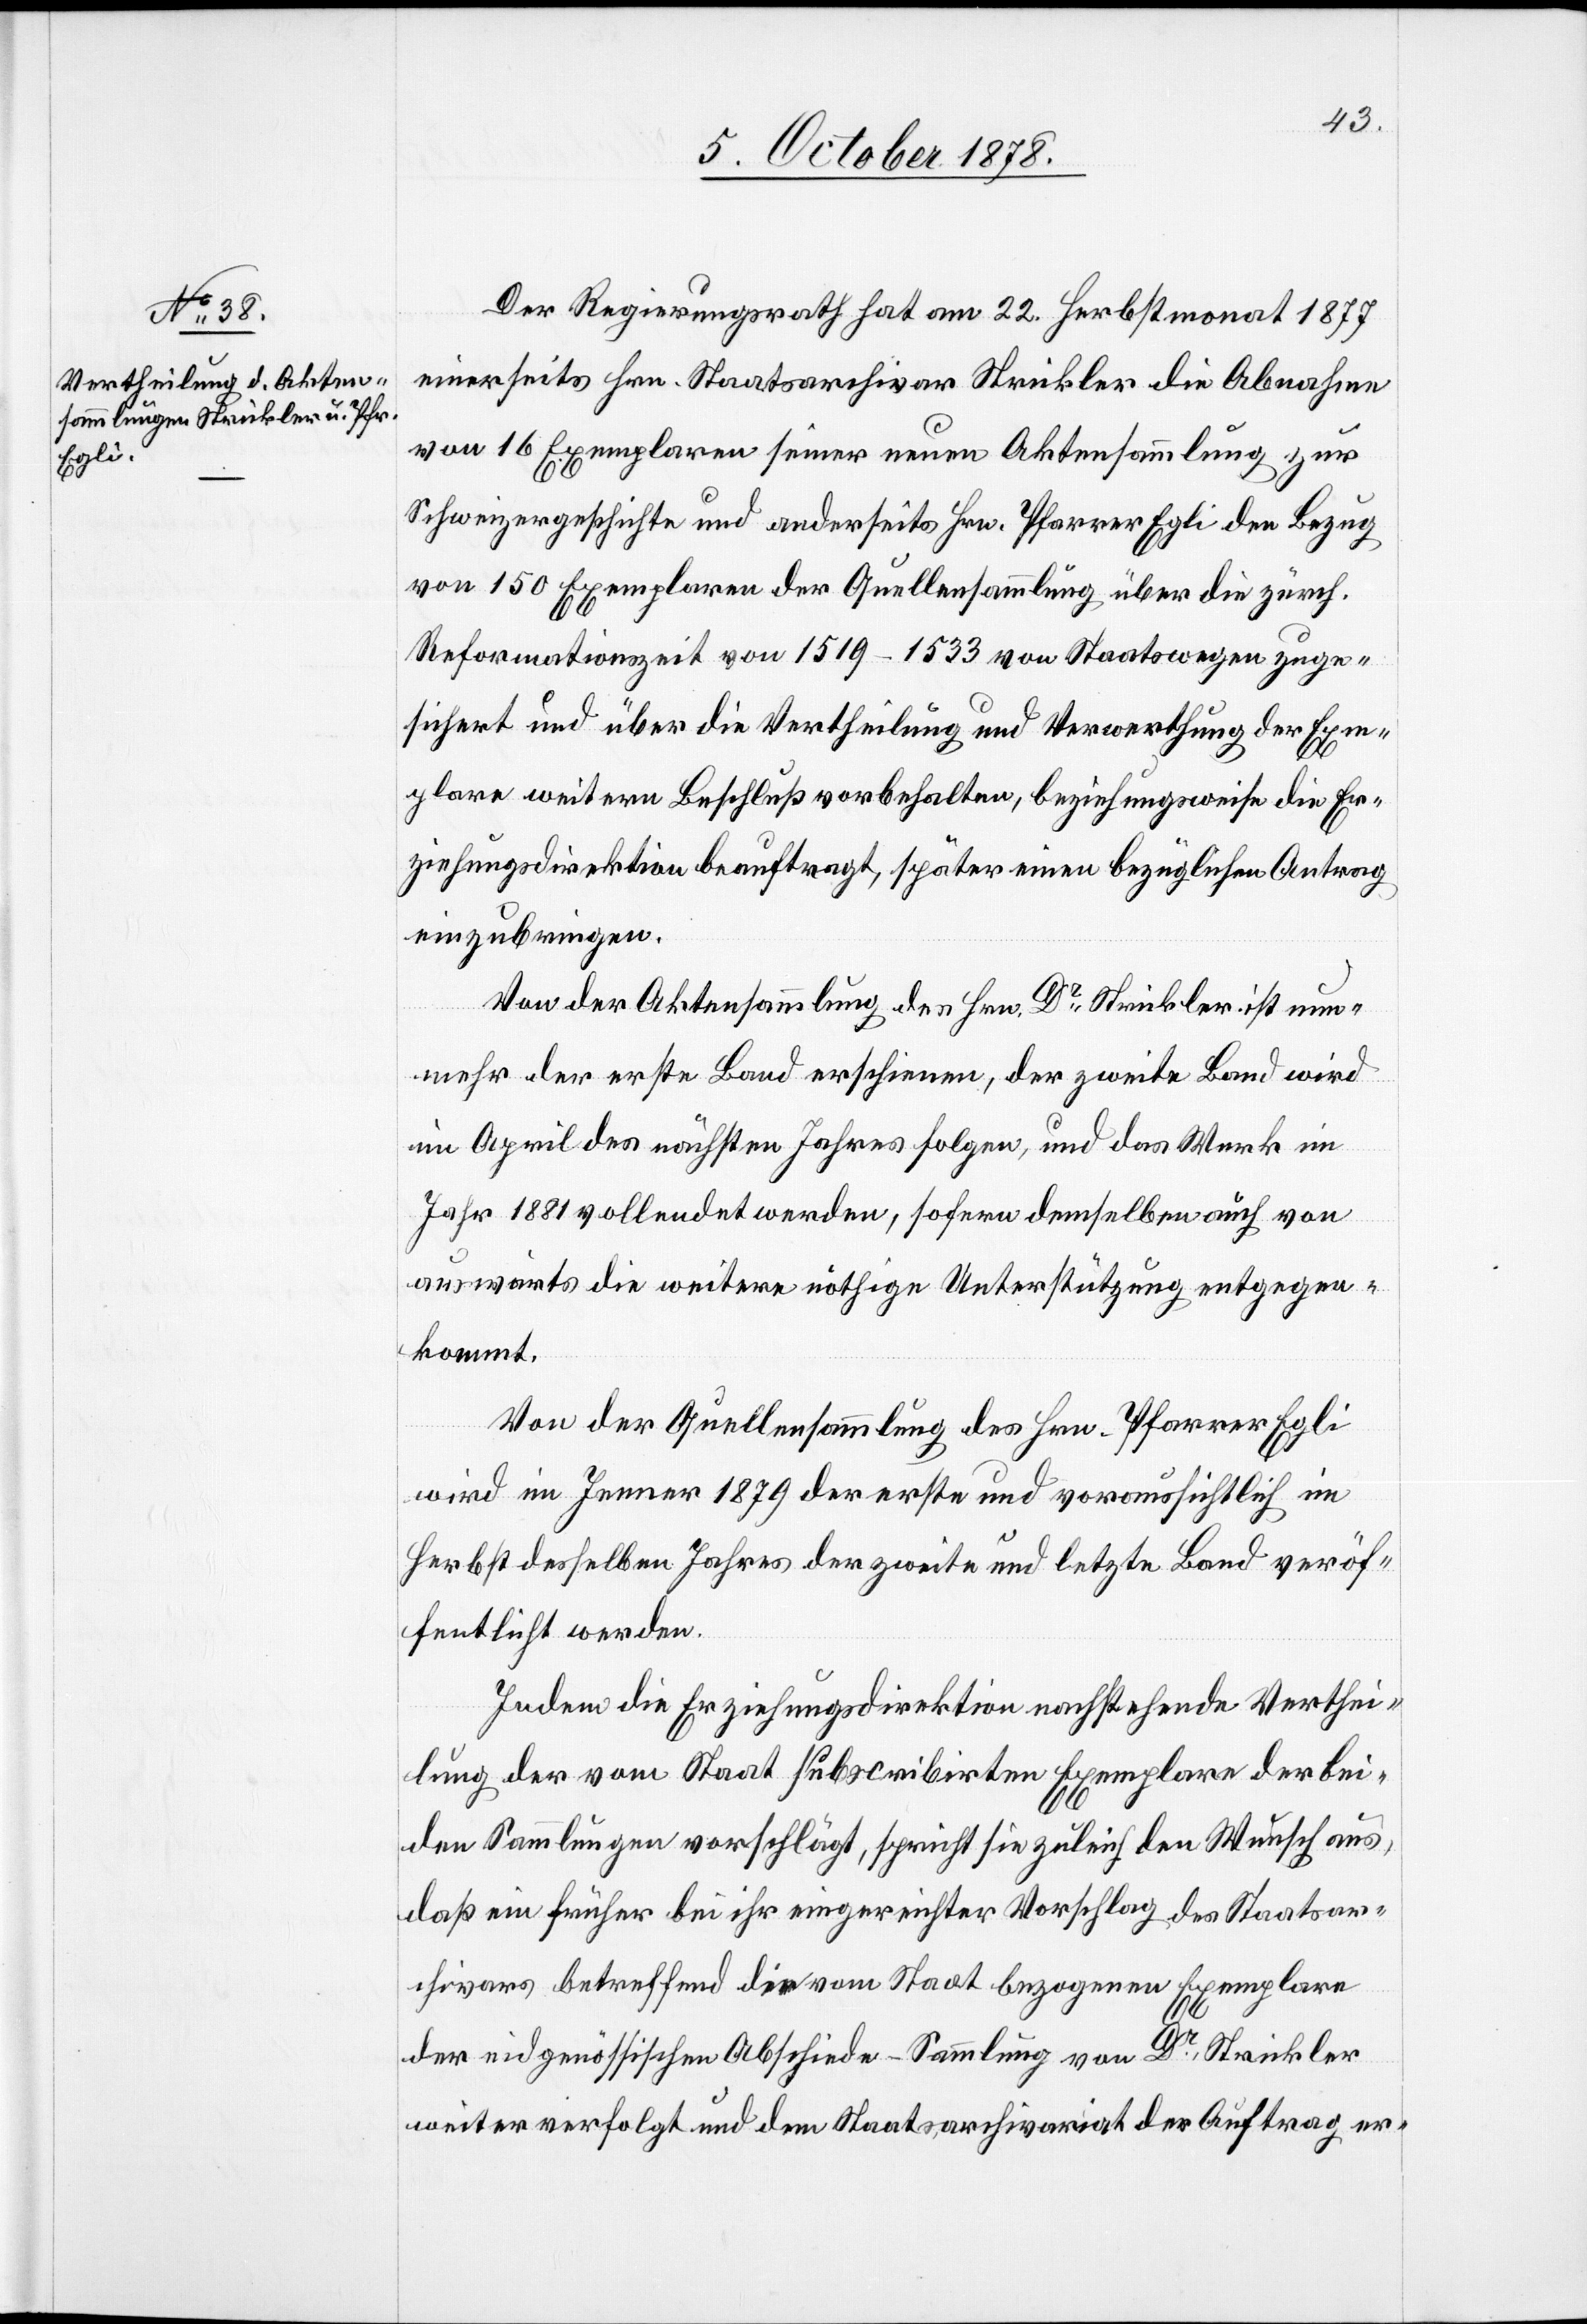
Der Regierungsrath hat am 22. Herbstmonat 1877
einerseits Hrn. Staatsarchivar Strickler die Abnahme
von 16 Exemplaren seiner neuen Aktensammlung zur
Schweizergeschichte und anderseits Hrn. Pfarrer Egli den Bezug
von 150 Exemplaren der Quellensammlung über die zürch.
Reformationszeit von 1519–1533 von Staatswegen zuge¬
sichert und über die Vertheilung und Verwerthung der Exem¬
plare weitern Beschluß vorbehalten, beziehungsweise die Er¬
ziehungsdirektion beauftragt, später einen bezüglichen Antrag
einzubringen.
Von der Aktensammlung des Hrn. Dr Strickler ist nun¬
mehr der erste Band erschienen, der zweite Band wird
im April des nächsten Jahres folgen und das Werk im
Jahr 1881 vollendet werden, sofern demselben auch von
auswärts die weitere nöthige Unterstützung entgegen¬
kommt.
Von der Quellensammlung des Hrn. Pfarrer Egli
wird im Jenner 1879 der erste und voraussichtlich im
Herbst desselben Jahres der zweite und letzte Band veröf¬
fentlicht werden.
Indem die Erziehungsdirektion nachstehende Verthei¬
lung der vom Staat subscribirten Exemplare der bei¬
den Sammlungen vorschlägt, spricht sie zu[g]leich den Wunsch aus,
daß ein früher bei ihr eingereichter Vorschlag des Staatsar¬
chivars betreffend die vom Staat bezogenen Exemplare
der eidgenössischen Abschiede-Sammlung von Dr Strickler
weiter verfolgt und dem Staatsarchivariat der Auftrag er-